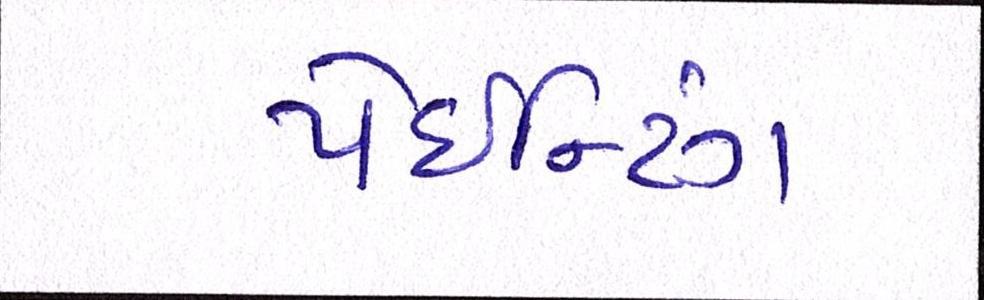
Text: પેઈન્ટિંગ